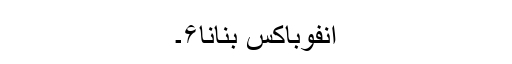
انفوباکس بنانا۶۔